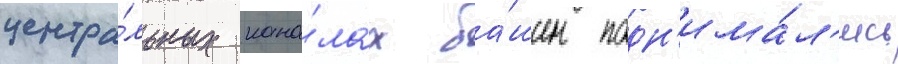
центра́льных кана́лах ба́шен подн'има́л'ись